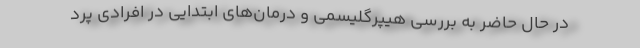
در حال حاضر به بررسی هیپرگلیسمی و درمان‌های ابتدایی در افرادی پرد